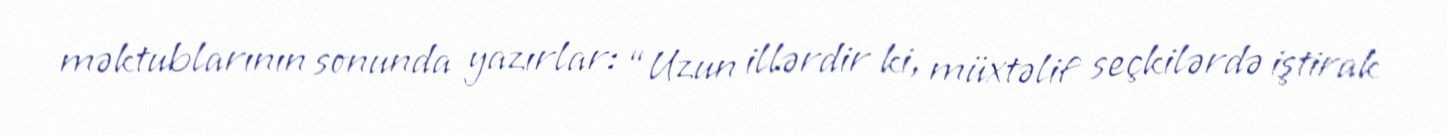
məktublarının sonunda yazırlar: “Uzun illərdir ki, müxtəlif seçkilərdə iştirak